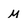
Character: M